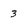
Character: 3